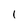
Character: 1